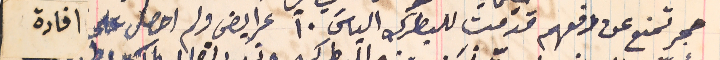
حجر تمنع عن دفعهم قدمت للبطرك الياسَ ١٠ عرايض ولم احصل على افادة